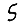
Digit: 5